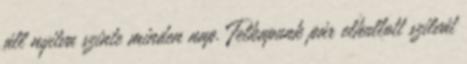
áll nyitva szinte minden nap. Felkapunk pár elhullott szilvát